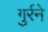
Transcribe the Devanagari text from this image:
गुर्रने